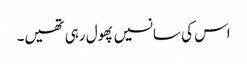
اس کی سانسیں پھول رہی تھیں۔